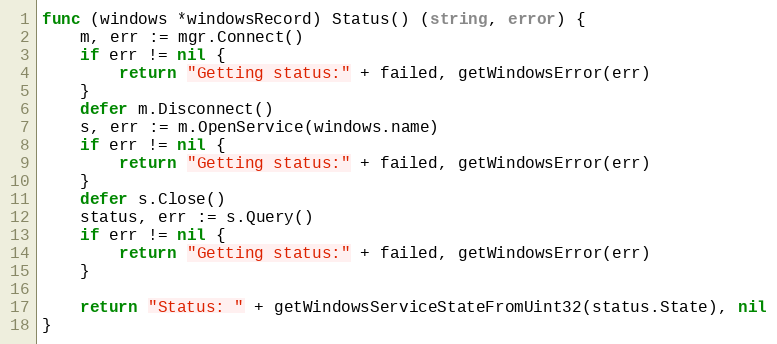
Language: Go
func (windows *windowsRecord) Status() (string, error) {
	m, err := mgr.Connect()
	if err != nil {
		return "Getting status:" + failed, getWindowsError(err)
	}
	defer m.Disconnect()
	s, err := m.OpenService(windows.name)
	if err != nil {
		return "Getting status:" + failed, getWindowsError(err)
	}
	defer s.Close()
	status, err := s.Query()
	if err != nil {
		return "Getting status:" + failed, getWindowsError(err)
	}

	return "Status: " + getWindowsServiceStateFromUint32(status.State), nil
}